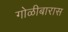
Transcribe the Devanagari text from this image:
गोळीबारास